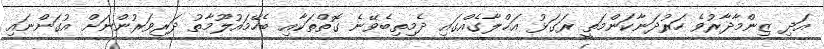
އަދި ޒިންމާދާރުވެ ހަރުދަނާކަންމަތީ ރަގަޅު އަޚްލާގެއްގައި ދެމިތިބެވޭނެ ގޮތްތަކާއި ބެހޭމައުލޫމާތު ދަރިވަރުންނަށް އުގަންނައި